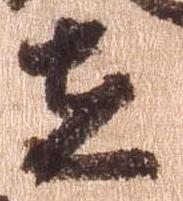
在